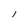
Character: l